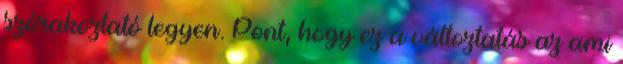
szórakoztató legyen. Pont, hogy ez a változtatás az ami